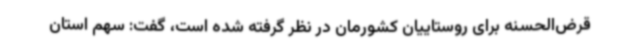
قرض‌الحسنه برای روستاییان کشورمان در نظر گرفته شده است، گفت: سهم استان